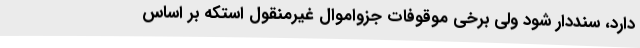
دارد، سنددار شود ولی برخی موقوفات جزواموال غیرمنقول استکه بر اساس